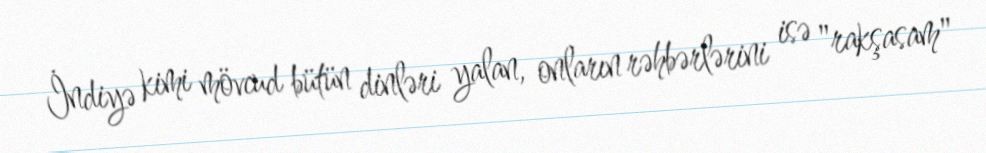
İndiyə kimi mövcud bütün dinləri yalan, onların rəhbərlərini isə "rakşasam"